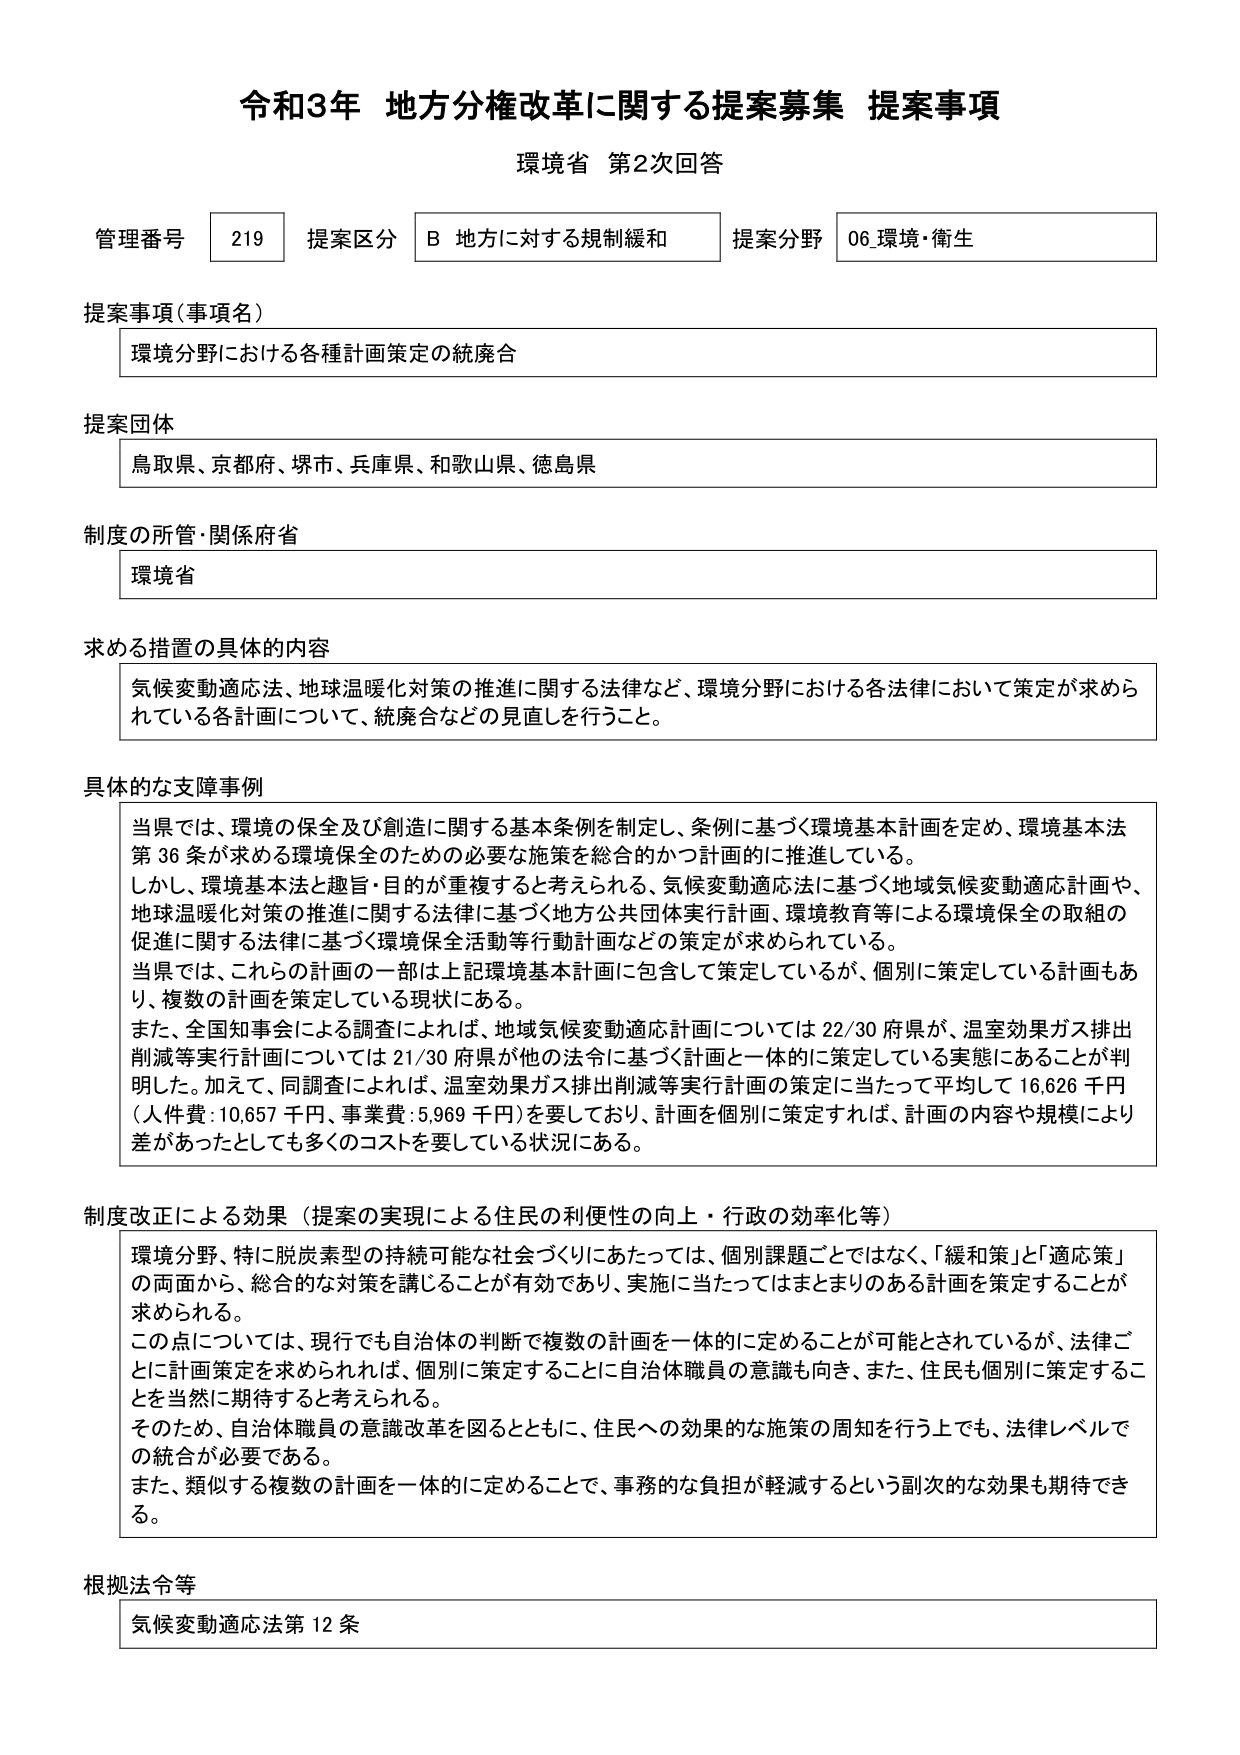
令和3年 地方分権改革に関する提案募集 提案事項
環境省 第2次回答

管理番号 219 提案区分 B 地方に対する規制緩和 提案分野 06 環境・衛生

提案事項（事項名）
環境分野における各種計画策定の統廃合

提案団体
鳥取県、京都府、堺市、兵庫県、和歌山県、徳島県

制度の所管・関係府省
環境省

求める措置の具体的内容
気候変動適応法、地球温暖化対策の推進に関する法律など、環境分野における各法律において策定が求められている各計画について、統廃合などの見直しを行うこと。

具体的な支障事例
当県では、環境の保全及び創造に関する基本条例を制定し、条例に基づく環境基本計画を定め、環境基本法第36条が求める環境保全のための必要な施策を総合的かつ計画的に推進している。
しかし、環境基本法と趣旨・目的が重複すると考えられる、気候変動適応法に基づく地域気候変動適応計画や、地球温暖化対策の推進に関する法律に基づく地方公共団体実行計画、環境教育等による環境保全の取組の促進に関する法律に基づく環境保全活動等行動計画などの策定が求められている。
当県では、これらの計画の一部は上記環境基本計画に包含して策定しているが、個別に策定している計画もあり、複数の計画を策定している現状にある。
また、全国知事会による調査によれば、地域気候変動適応計画については22/30府県が、温室効果ガス排出削減等実行計画については21/30府県が他の法令に基づく計画と一体的に策定している実態にあることが判明した。加えて、同調査によれば、温室効果ガス排出削減等実行計画の策定に当たって平均して16,626千円（人件費：10,657千円、事業費：5,969千円）を要しており、計画を個別に策定すれば、計画の内容や規模により差があったとしても多くのコストを要している状況にある。

制度改正による効果（提案の実現による住民の利便性の向上・行政の効率化等）
環境分野、特に脱炭素型の持続可能な社会づくりにあたっては、個別課題ごとではなく、「緩和策」と「適応策」の両面から、総合的な対策を講じることが有効であり、実施に当たってはまとまりのある計画を策定することが求められる。
この点については、現行でも自治体の判断で複数の計画を一体的に定めることが可能とされているが、法律ごとに計画策定を求められれば、個別に策定することに自治体職員の意識も向き、また、住民も個別に策定することを当然に期待すると考えられる。
そのため、自治体職員の意識改革を図るとともに、住民への効果的な施策の周知を行う上でも、法律レベルでの統合が必要である。
また、類似する複数の計画を一体的に定めることで、事務的な負担が軽減するという副次的な効果も期待できる。

根拠法令等
気候変動適応法第12条